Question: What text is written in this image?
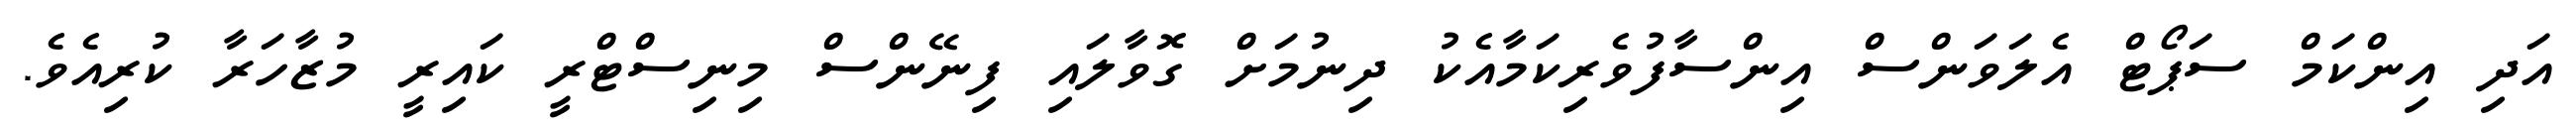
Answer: އަދި އިންކަމް ސަޕޯޓް އެލަވަންސް އިންސާފުވެރިކަމާއެކު ދިނުމަށް ގޮވާލައި ފިނޭންސް މިނިސްޓްރީ ކައިރީ މުޒާހަރާ ކުރިއެވެ.